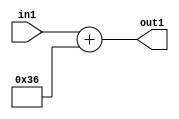
`timescale 1ps / 1ps
/*****************************************************************************
    Verilog RTL Description
    
    
    Created by: Stratus DpOpt 2019.1.01 
*******************************************************************************/

module DC_Filter_Add_12U_168_4 (
	in1,
	out1
	); /* architecture "behavioural" */ 
input [11:0] in1;
output [11:0] out1;
wire [11:0] asc001;

assign asc001 = 
	+(in1)
	+(12'B000000110110);

assign out1 = asc001;
endmodule

/* CADENCE  urnySAw= : u9/ySgnWtBlWxVPRXgAZ4Og= ** DO NOT EDIT THIS LINE ******/